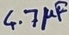
Text: 4.7µF